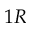
1 R